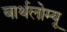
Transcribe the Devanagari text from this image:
बार्थलोम्यू